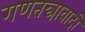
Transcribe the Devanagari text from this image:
गणतन्त्रावादी